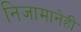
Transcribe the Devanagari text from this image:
निजामानेही